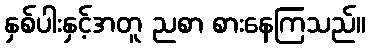
နှစ်ပါးနှင့်အတူ ညစာ စားနေကြသည်။